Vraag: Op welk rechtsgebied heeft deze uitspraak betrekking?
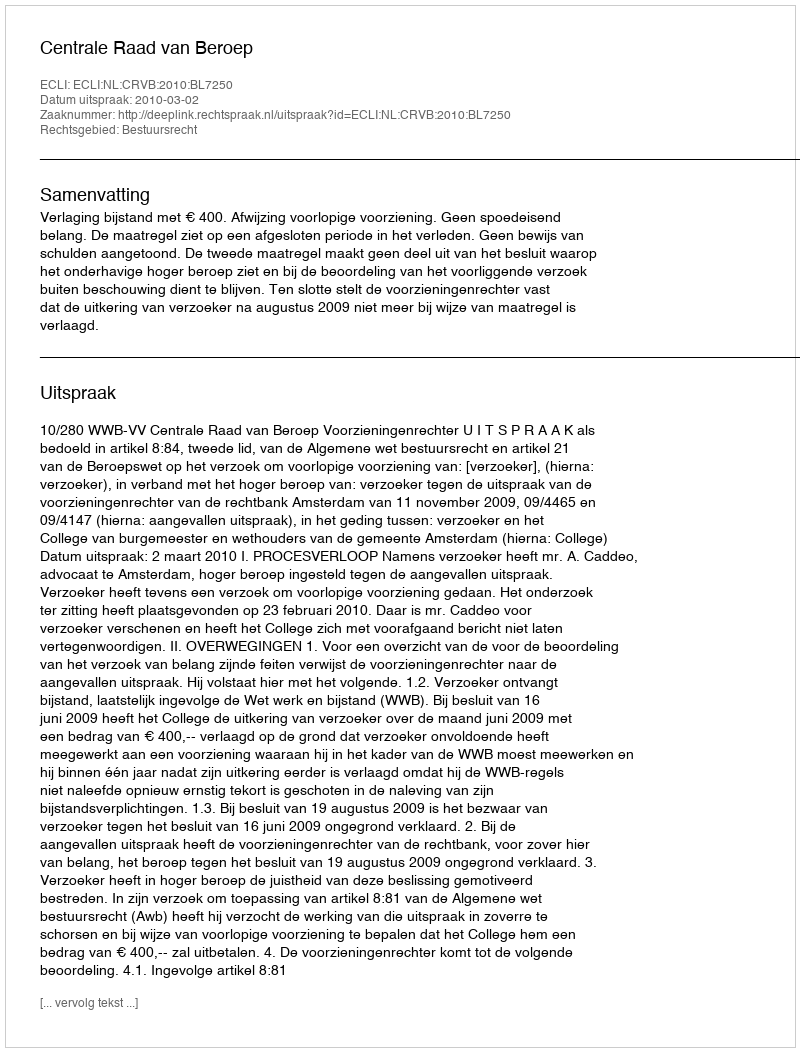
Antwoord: Bestuursrecht